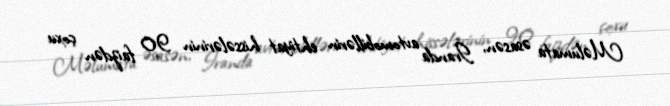
Məlumata əsasən, İranda avtomobillərin ehtiyat hissələrinin 90 faizdən çoxu